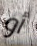
أو